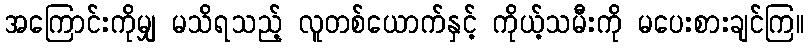
အကြောင်းကိုမျှ မသိရသည့် လူတစ်ယောက်နှင့် ကိုယ့်သမီးကို မပေးစားချင်ကြ။